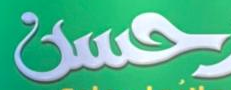
حسن